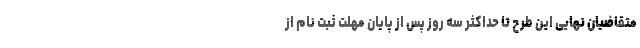
متقاضیان نهایی این طرح تا حداکثر سه روز پس از پایان مهلت ثبت نام از